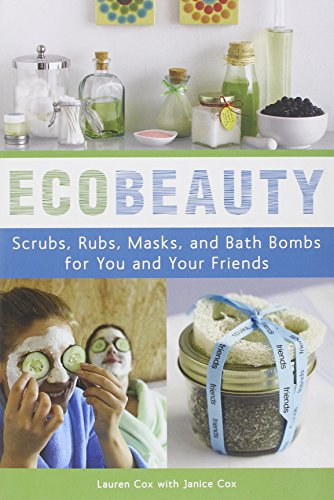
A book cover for EcoBeauty: Scrubs, Rubs, Masks, and Bath Bombs for You and Your Friends; Lauren Cox; Crafts, Hobbies & Home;